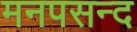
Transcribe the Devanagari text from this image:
मनपसन्द